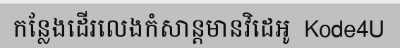
កន្លែងដើរលេងកំសាន្តមានវិដេអូ  Kode4U